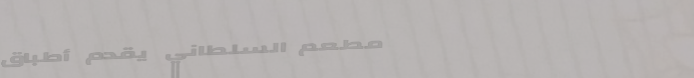
مطعم السلطاني يقدم أطباقً